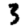
Digit: 3